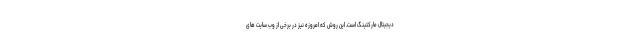
دیجیتال مارکتینگ است. این روش که امروزه نیز در برخی از وب سایت های